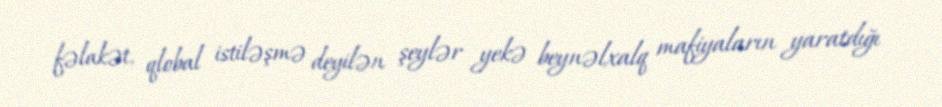
fəlakət, qlobal istiləşmə deyilən şeylər yekə beynəlxalq mafiyaların yaratdığı